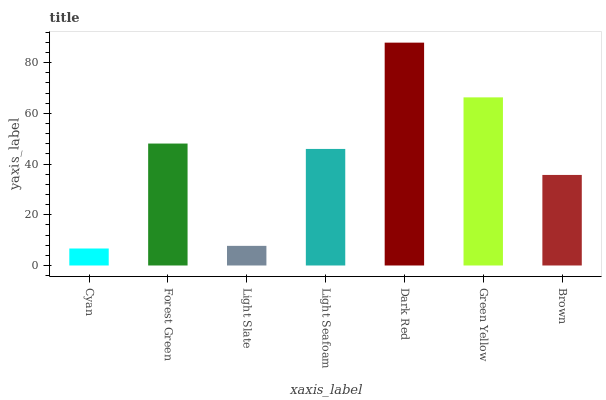
| xaxis_label | bars |
 | --- | --- |
 | Cyan | 6.7 |
 | Forest Green | 48.1 |
 | Light Slate | 7.75 |
 | Light Seafoam | 46 |
 | Dark Red | 87.9 |
 | Green Yellow | 66.3 |
 | Brown | 35.7 |